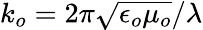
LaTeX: k_{o}=2\pi\sqrt{\epsilon_{o}\mu_{o}}/\lambda